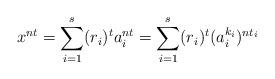
LaTeX: \begin{align*}x^{nt} = \sum_{i=1}^s (r_i)^ta_i^{nt} = \sum_{i=1}^s (r_i)^t(a_i^{k_i})^{nt_i}\end{align*}